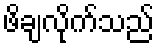
ဖိချလိုက်သည်